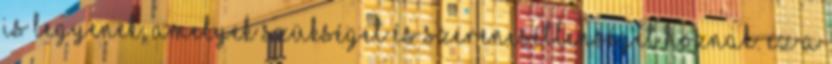
is legyenek, amelyek szükséget és szerencsétlenséget hoznak. Ez a